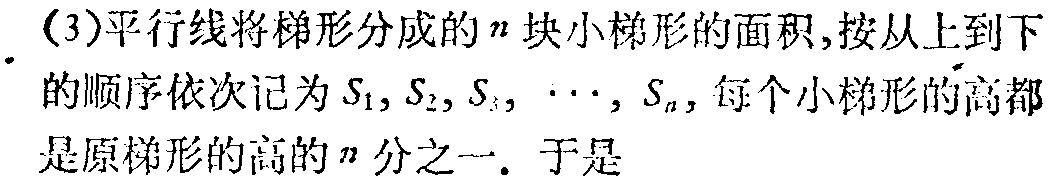
(3)平行线将梯形分成的\(n\)块小梯形的面积,按从上到下的顺序依次记为\(S_{1},S_{2},S_{3},\cdots,S_{n}\), 每个小梯形的高都是原梯形的高的\(n\)分之一. 于是